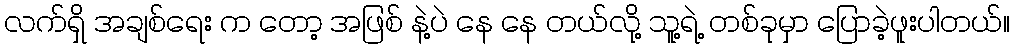
လက်ရှိ အချစ်ရေး က တော့ အဖြစ် နဲ့ပဲ နေ နေ တယ်လို့ သူ့ရဲ့ တစ်ခုမှာ ပြောခဲ့ဖူးပါတယ်။